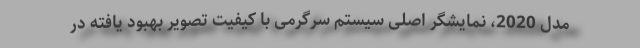
مدل 2020، نمایشگر اصلی سیستم سرگرمی با کیفیت تصویر بهبود یافته در